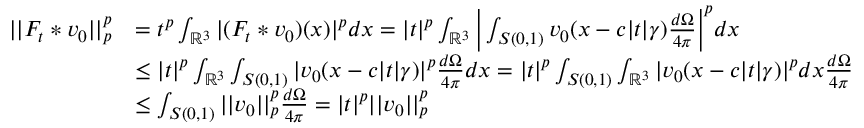
\begin{array} { r l } { | | F _ { t } * v _ { 0 } | | _ { p } ^ { p } } & { = t ^ { p } \int _ { \mathbb { R } ^ { 3 } } | ( F _ { t } * v _ { 0 } ) ( x ) | ^ { p } d x = | t | ^ { p } \int _ { \mathbb { R } ^ { 3 } } \bigg | \int _ { S ( 0 , 1 ) } v _ { 0 } ( x - c | t | \gamma ) \frac { d \Omega } { 4 \pi } \bigg | ^ { p } d x } \\ & { \leq | t | ^ { p } \int _ { \mathbb { R } ^ { 3 } } \int _ { S ( 0 , 1 ) } | v _ { 0 } ( x - c | t | \gamma ) | ^ { p } \frac { d \Omega } { 4 \pi } d x = | t | ^ { p } \int _ { S ( 0 , 1 ) } \int _ { \mathbb { R } ^ { 3 } } | v _ { 0 } ( x - c | t | \gamma ) | ^ { p } d x \frac { d \Omega } { 4 \pi } } \\ & { \leq \int _ { S ( 0 , 1 ) } | | v _ { 0 } | | _ { p } ^ { p } \frac { d \Omega } { 4 \pi } = | t | ^ { p } | | v _ { 0 } | | _ { p } ^ { p } } \end{array}